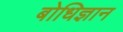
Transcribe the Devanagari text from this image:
बोधिज्ञान